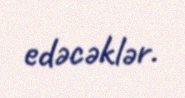
edəcəklər.